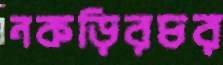
নকড়িরচর